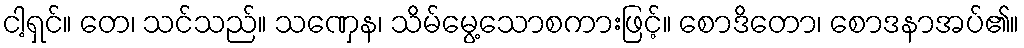
ငါ့ရှင်။ တေ၊ သင်သည်။ သဏှေန၊ သိမ်မွေ့သောစကားဖြင့်။ စောဒိတော၊ စောဒနာအပ်၏။